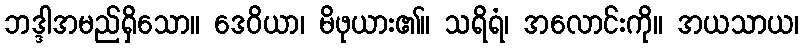
ဘဒ္ဒါအမည်ရှိသော။ ဒေဝိယာ၊ မိဖုယား၏။ သရိရံ၊ အလောင်းကို။ အယသာယ၊